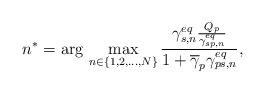
LaTeX: \begin{align*}n^{*} = \arg \, \max_{n \in \{1,2,...,N\}} \frac{\gamma^{eq}_{s,n} \frac{Q_{p}}{\gamma^{eq}_{sp,n}}}{1 + \overline{\gamma}_{p} \gamma^{eq}_{ps,n}},\end{align*}